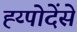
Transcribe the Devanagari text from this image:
ह्य्पोदेंसे